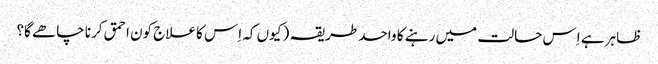
ظاہر ہے اِس حالت میں رہنے کا واحد طریقہ ( کیوں کہ اِس کا علاج کون احمق کرنا چاھے گا؟